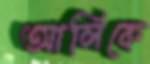
আলিকে